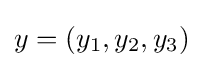
y=(y_{1},y_{2},y_{3})